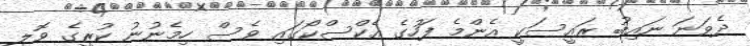
ދެވަނަ ނައިބު ރައީސަކީ އެންމެ ފަހުގެ އެކްސްކޯގައި ވެސް ހިމެނުނު ކުރީގެ ވޮލީ